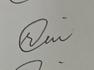
Signature authenticity: genuine